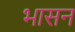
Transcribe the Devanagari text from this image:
भासन